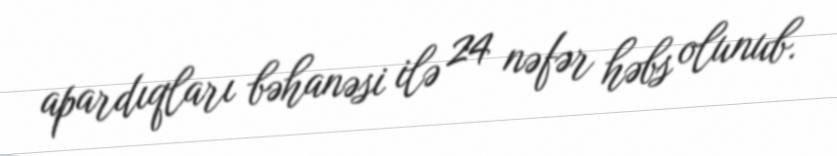
apardıqları bəhanəsi ilə 24 nəfər həbs olunub.